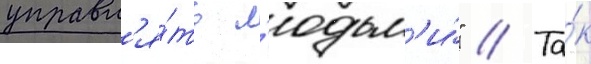
управл'я́ть л'юдьм'и́" // Та́к